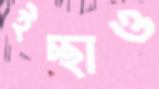
ইচ্ছাও